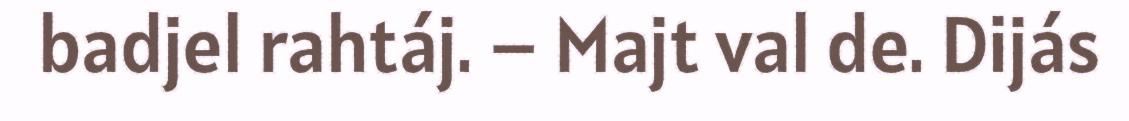
badjel rahtáj. – Majt val de. Dijás